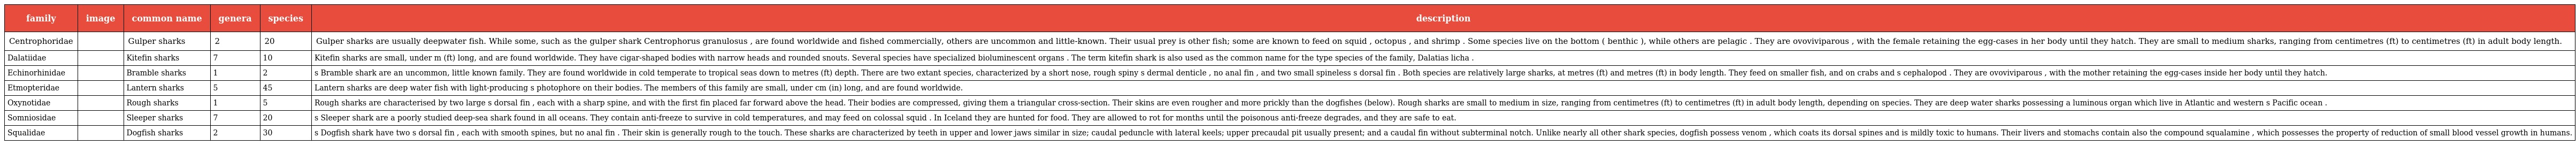
| family | image | common name | genera | species | description |
 | --- | --- | --- | --- | --- | --- |
 | Centrophoridae |  | Gulper sharks | 2 | 20 | Gulper sharks are usually deepwater fish. While some, such as the gulper shark Centrophorus granulosus , are found worldwide and fished commercially, others are uncommon and little-known. Their usual prey is other fish; some are known to feed on squid , octopus , and shrimp . Some species live on the bottom ( benthic ), while others are pelagic . They are ovoviviparous , with the female retaining the egg-cases in her body until they hatch. They are small to medium sharks, ranging from centimetres (ft) to centimetres (ft) in adult body length. |
 | Dalatiidae |  | Kitefin sharks | 7 | 10 | Kitefin sharks are small, under m (ft) long, and are found worldwide. They have cigar-shaped bodies with narrow heads and rounded snouts. Several species have specialized bioluminescent organs . The term kitefin shark is also used as the common name for the type species of the family, Dalatias licha . |
 | Echinorhinidae |  | Bramble sharks | 1 | 2 | s Bramble shark are an uncommon, little known family. They are found worldwide in cold temperate to tropical seas down to metres (ft) depth. There are two extant species, characterized by a short nose, rough spiny s dermal denticle , no anal fin , and two small spineless s dorsal fin . Both species are relatively large sharks, at metres (ft) and metres (ft) in body length. They feed on smaller fish, and on crabs and s cephalopod . They are ovoviviparous , with the mother retaining the egg-cases inside her body until they hatch. |
 | Etmopteridae |  | Lantern sharks | 5 | 45 | Lantern sharks are deep water fish with light-producing s photophore on their bodies. The members of this family are small, under cm (in) long, and are found worldwide. |
 | Oxynotidae |  | Rough sharks | 1 | 5 | Rough sharks are characterised by two large s dorsal fin , each with a sharp spine, and with the first fin placed far forward above the head. Their bodies are compressed, giving them a triangular cross-section. Their skins are even rougher and more prickly than the dogfishes (below). Rough sharks are small to medium in size, ranging from centimetres (ft) to centimetres (ft) in adult body length, depending on species. They are deep water sharks possessing a luminous organ which live in Atlantic and western s Pacific ocean . |
 | Somniosidae |  | Sleeper sharks | 7 | 20 | s Sleeper shark are a poorly studied deep-sea shark found in all oceans. They contain anti-freeze to survive in cold temperatures, and may feed on colossal squid . In Iceland they are hunted for food. They are allowed to rot for months until the poisonous anti-freeze degrades, and they are safe to eat. |
 | Squalidae |  | Dogfish sharks | 2 | 30 | s Dogfish shark have two s dorsal fin , each with smooth spines, but no anal fin . Their skin is generally rough to the touch. These sharks are characterized by teeth in upper and lower jaws similar in size; caudal peduncle with lateral keels; upper precaudal pit usually present; and a caudal fin without subterminal notch. Unlike nearly all other shark species, dogfish possess venom , which coats its dorsal spines and is mildly toxic to humans. Their livers and stomachs contain also the compound squalamine , which possesses the property of reduction of small blood vessel growth in humans. |